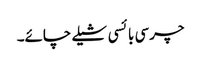
چرسی بائسی شیلے چائے۔